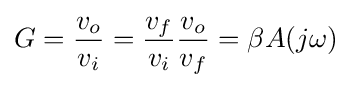
G={\frac {v_{o}}{v_{i}}}={\frac {v_{f}}{v_{i}}}{\frac {v_{o}}{v_{f}}}=\beta A(j\omega )